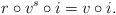
LaTeX: \begin{align*}r \circ v^s \circ i = v \circ i.\end{align*}